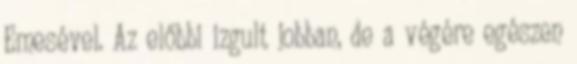
Emesével. Az előbbi izgult jobban, de a végére egészen